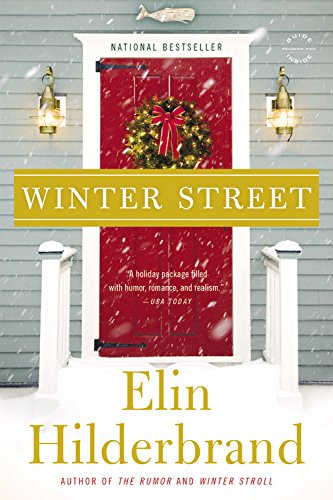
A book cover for Winter Street: A Novel; Elin Hilderbrand; Literature & Fiction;